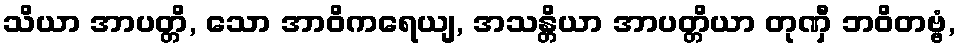
သိယာ အာပတ္တိ, သော အာဝိကရေယျ, အသန္တိယာ အာပတ္တိယာ တုဏှီ ဘဝိတဗ္ဗံ,